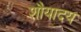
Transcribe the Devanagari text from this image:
शौयादय